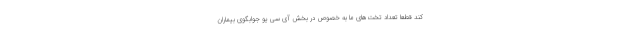
کند قطعا تعداد تخت‌های ما به خصوص در بخش آی سی یو جوابگوی بیماران